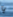
يا